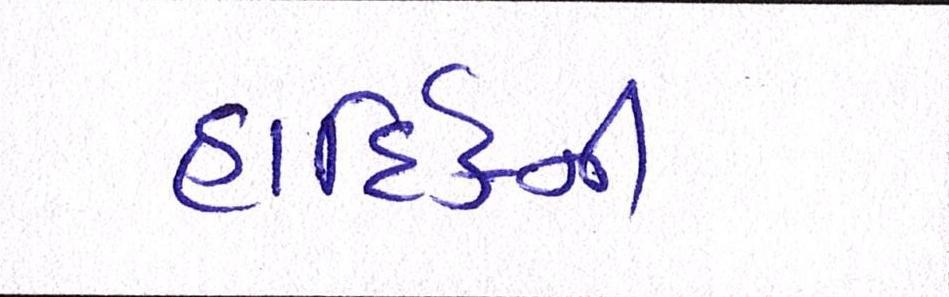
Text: હાદિર્કની